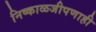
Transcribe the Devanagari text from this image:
निष्काळजीपणाही